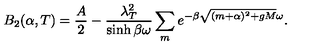
B _ { 2 } ( \alpha , T ) = \frac { A } { 2 } - \frac { \lambda _ { T } ^ { 2 } } { \sinh \beta \omega } \sum _ { m } e ^ { - \beta \sqrt { ( m + \alpha ) ^ { 2 } + g M } \omega } .